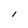
Character: l